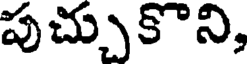
పుచ్చుకొని,